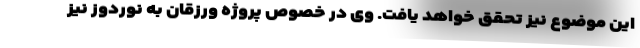
این موضوع نیز تحقق خواهد یافت. وی در خصوص پروژه ورزقان به نوردوز نیز